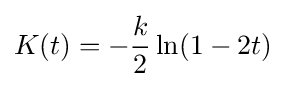
K(t)=-{\frac {k}{2}}\ln(1-2t)